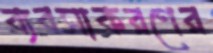
ব্যবসাকরণের